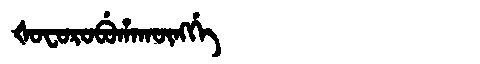
Manchu: ᡧᠣᠸᠣᡵᠣᠪᡠᡥᠠᡴᡡᠩᡤᡝ
Romanization: ŠOFOROBUHAKŪNGGE